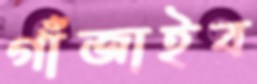
গাঁজাইব